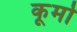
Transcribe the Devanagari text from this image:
कूर्मो